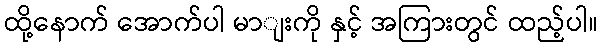
ထို့နောက် အောက်ပါ မာျးကို နှင့် အကြားတွင် ထည့်ပါ။